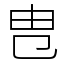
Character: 㕀